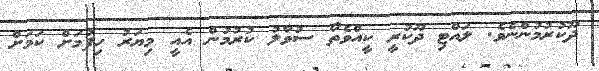
ދޫކުރުމުންނެވެ. ލައްޓި ދޫކުރީ ކީއްވެތޯ ސުވާލު ކުރުމުން އެއީ މިޔަރު ހިފުމަށް ކަމަށް